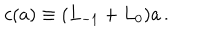
c ( a ) \equiv ( L _ { - 1 } + L _ { 0 } ) a \, .